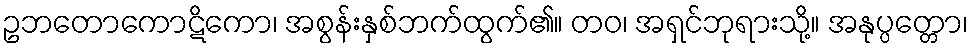
ဥဘတောကောဋိကော၊ အစွန်းနှစ်ဘက်ထွက်၏။ တဝ၊ အရှင်ဘုရားသို့။ အနုပ္ပတ္တော၊